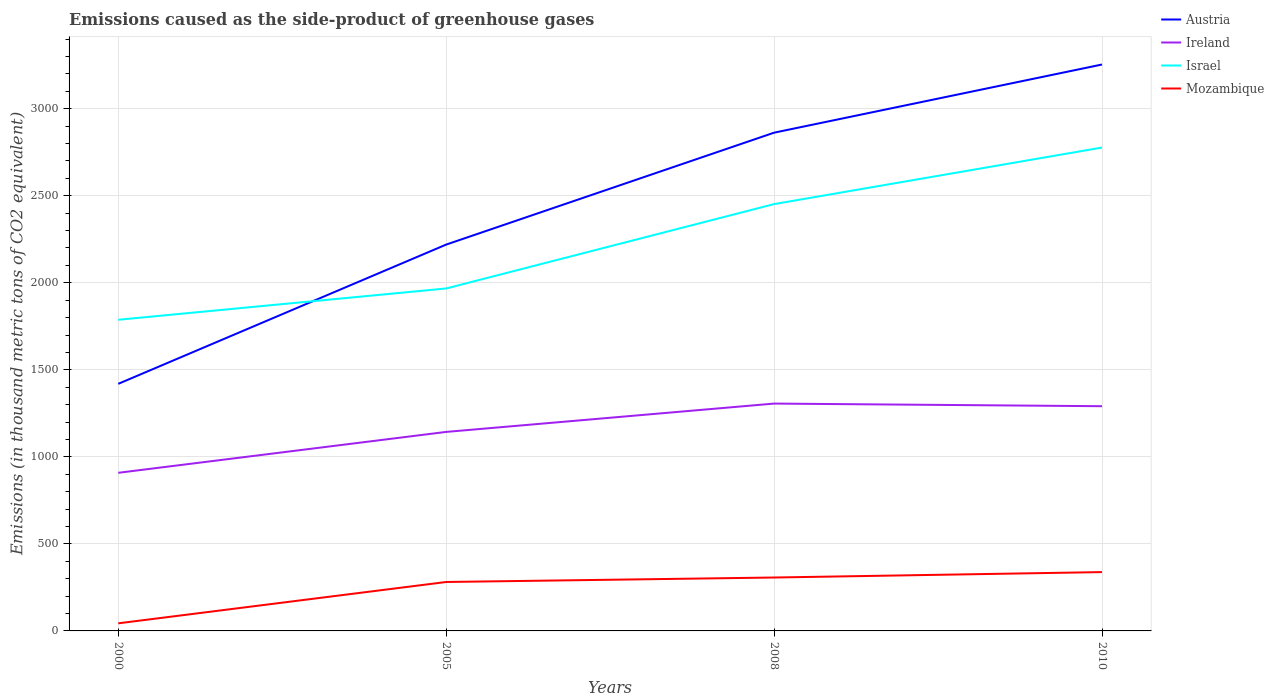
| Years | Austria | Ireland | Israel | Mozambique |
 | --- | --- | --- | --- | --- |
 | 2000 | 1.42e+03 | 908 | 1.79e+03 | 43.7 |
 | 2005 | 2.22e+03 | 1.14e+03 | 1.97e+03 | 281 |
 | 2008 | 2.86e+03 | 1.31e+03 | 2.45e+03 | 307 |
 | 2010 | 3.25e+03 | 1.29e+03 | 2.78e+03 | 338 |